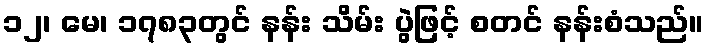
၁၂၊ မေ၊ ၁၇၈၃တွင် နန်း သိမ်း ပွဲဖြင့် စတင် နန်းစံသည်။